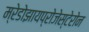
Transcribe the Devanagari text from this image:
म्रेडोझायप्रोजेस्टेरोन